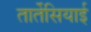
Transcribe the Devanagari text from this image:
तार्तेसियाई